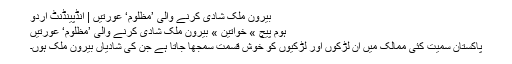
بیرون ملک شادی کرنے والی ’مظلوم‘ عورتیں | انڈپینڈنٹ اردو
ہوم پیچ » خواتین » بیرون ملک شادی کرنے والی ’مظلوم‘ عورتیں
پاکستان سمیت کئی ممالک میں ان لڑکوں اور لڑکیوں کو خوش قسمت سمجھا جاتا ہے جن کی شادیاں بیرون ملک ہوں۔